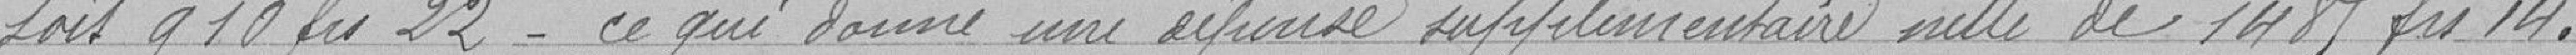
soit 910 francs 22. Ce qui donne une dépense supplémentaire nette de 1485 francs 14.